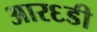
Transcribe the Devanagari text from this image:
आर६डी